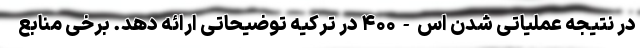
در نتیجه عملیاتی شدن اس-۴۰۰ در ترکیه توضیحاتی ارائه دهد. برخی منابع